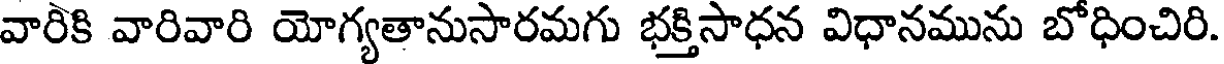
వారికి వారివారి యోగ్యతానుసారమగు భక్తిసాధన విధానమును బోధించిరి